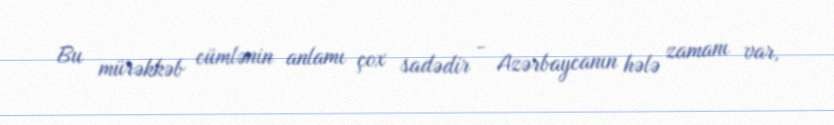
Bu mürəkkəb cümlənin anlamı çox sadədir - Azərbaycanın hələ zamanı var,